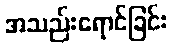
အသည်းရောင်ခြင်း